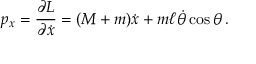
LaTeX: p _ { x } = { \frac { \partial L } { \partial { \dot { x } } } } = ( M + m ) { \dot { x } } + m \ell { \dot { \theta } } \cos \theta \, .